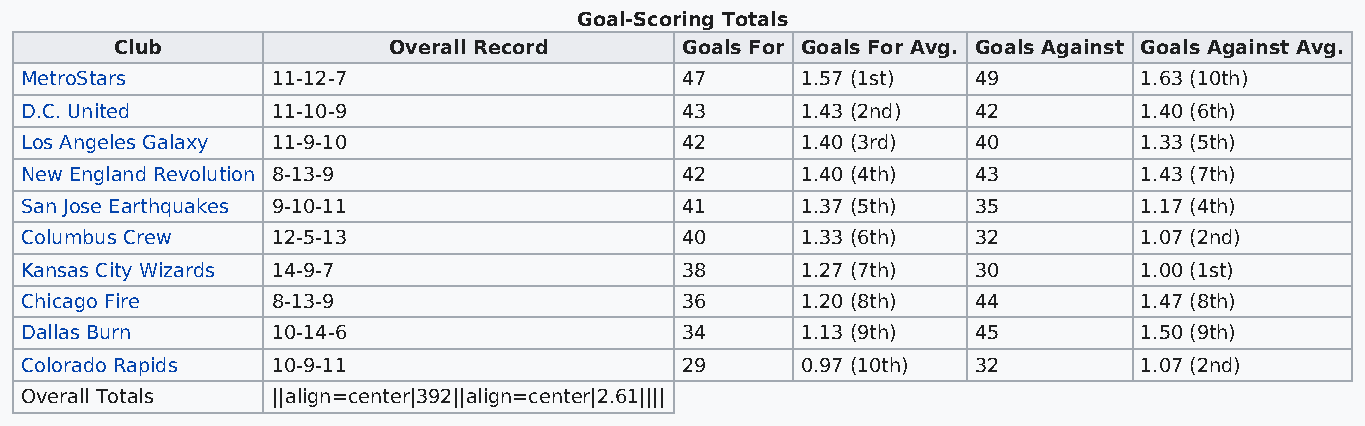
Goal-Scoring Totals
 Club              Overall Record     Goals For Goals For Avg. Goals Against Goals Against Avg.
 MetroStars       11-12-7                    47      1.57 (1st)  49        1.63 (10th)
 D.C. United      11-10-9                    43      1.43 (2nd)  42        1.40 (6th)
 Los Angeles Galaxy 11-9-10                  42      1.40 (3rd)  40        1.33 (5th)
 New England Revolution 8-13-9               42      1.40 (4th)  43        1.43 (7th)
 San Jose Earthquakes 9-10-11                41      1.37 (5th)  35        1.17 (4th)
 Columbus Crew    12-5-13                    40      1.33 (6th)  32        1.07 (2nd)
 Kansas City Wizards 14-9-7                  38      1.27 (7th)  30        1.00 (1st)
 Chicago Fire     8-13-9                     36      1.20 (8th)  44        1.47 (8th)
 Dallas Burn      10-14-6                    34      1.13 (9th)  45        1.50 (9th)
 Colorado Rapids  10-9-11                    29      0.97 (10th) 32        1.07 (2nd)
 Overall Totals   ||align=center|392||align=center|2.61||||